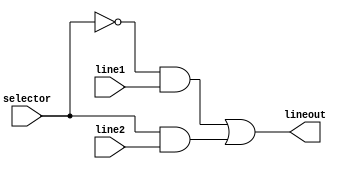
module muxer(line1, line2, lineout, selector);

	// Define inputs and outputs
	input line1, line2, selector;
	output lineout;
	
	// Select output
	assign lineout = (~selector & line1) | (selector & line2);

endmodule